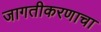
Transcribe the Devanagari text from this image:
जागतीकरणाचा